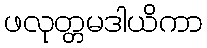
ဖလုတ္တမဒါယိကာ